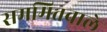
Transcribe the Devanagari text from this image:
सममितवाले